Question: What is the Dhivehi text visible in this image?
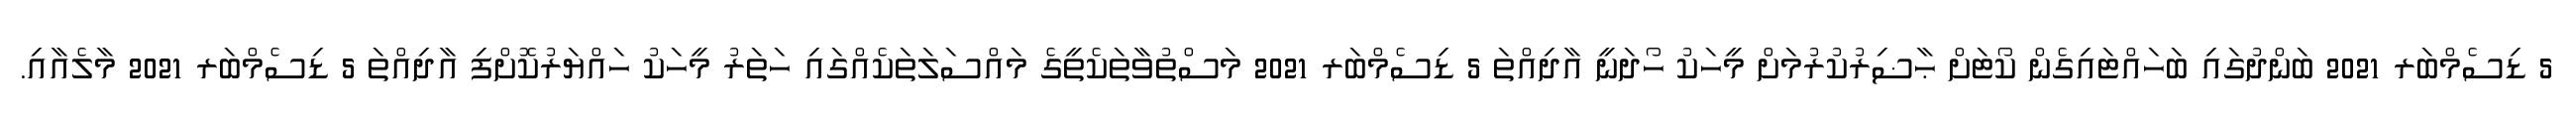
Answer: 5 ޑިސެމްބަރ 2021 ބަންދުގައި ބަހައްޓައިގެން ކޯޓަށް ޙާޟިރުކުރުމަށް މީހަކު ހޯދަނީ އާދިއްތަ 5 ޑިސެމްބަރ 2021 މަސްތުވާތަކެތީގެ މައްސަލަތަކެއްގައި ހަތަރު މީހަކު ހައްޔަރުކޮށްފި އާދިއްތަ 5 ޑިސެމްބަރ 2021 މާލެއާއި.